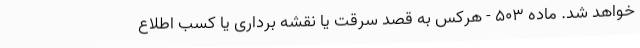
خواهد شد. ماده 503 - هرکس به قصد سرقت یا نقشه ‌برداری یا کسب اطلاع